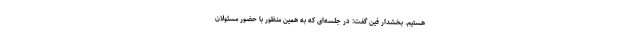
هستیم. بخشدار فین گفت: در جلسه‌ای که به همین منظور با حضور مسئولان